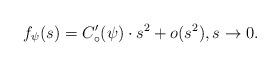
LaTeX: \begin{align*} f_\psi(s)= C'_\circ (\psi) \cdot s^2 + o(s^2), s \to 0. \end{align*}